Leaving Certificate Examination (including Day School Certificate (Higher) General paper), 1937
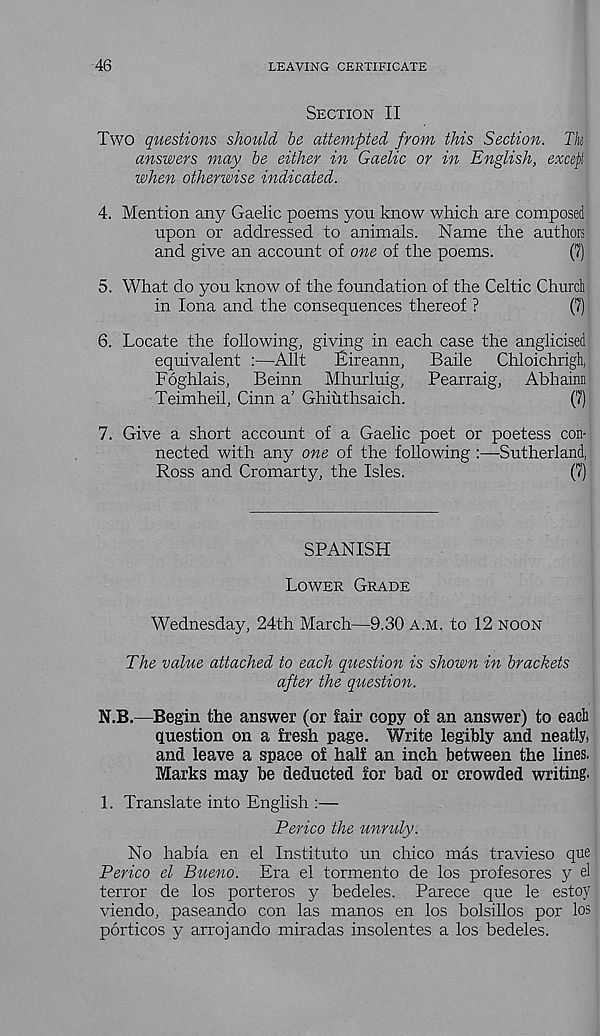
46
LEAVING CERTIFICATE
Section II
Two questions should, be attempted from this Section. Tk
answers may be either in Gaelic or in English, except
when otherwise indicated.
4. Mention any Gaelic poems you know which are composed
upon or addressed to animals. Name the authors
and give an account of one of the poems.
(7)
5. What do you know of the foundation of the Celtic Church
in Iona and the consequences thereof ?
(7)
6. Locate the following, giving in each case the anglicised
equivalent :—Allt
Eireann,
Baile
Chloichrigh,
Foghlais, Beinn Mhurluig,
Pearraig, Abhainn
Teimheil, Cinn a' Ghiuthsaich.
(7)
7. Give a short account of a Gaelic poet or poetess con-
nected with any one of the following :—Sutherland,
Ross and Cromarty, the Isles.
(7)
SPANISH
Lower Grade
Wednesday, 24th March—9.30 a.m. to 12 noon
The value attached to each question is shown in brackets
after the question.
N.B.—Begin the answer (or fair copy of an answer) to eacli
Question on a fresh page. Write legibly and neatly,
and leave a space of half an inch between the lines.
Marks may be deducted for bad or crowded writing.
1. Translate into English :—
Perico the unruly.
No habia en el Institute un chico mas travieso que
Perico el Bueno. Era el tormento de los profesores y el
terror de los porteros y bedeles. Parece que le estoy
viendo, paseando con las manos en los bolsillos por los
porticos y arrojando miradas insolentes a los bedeles.